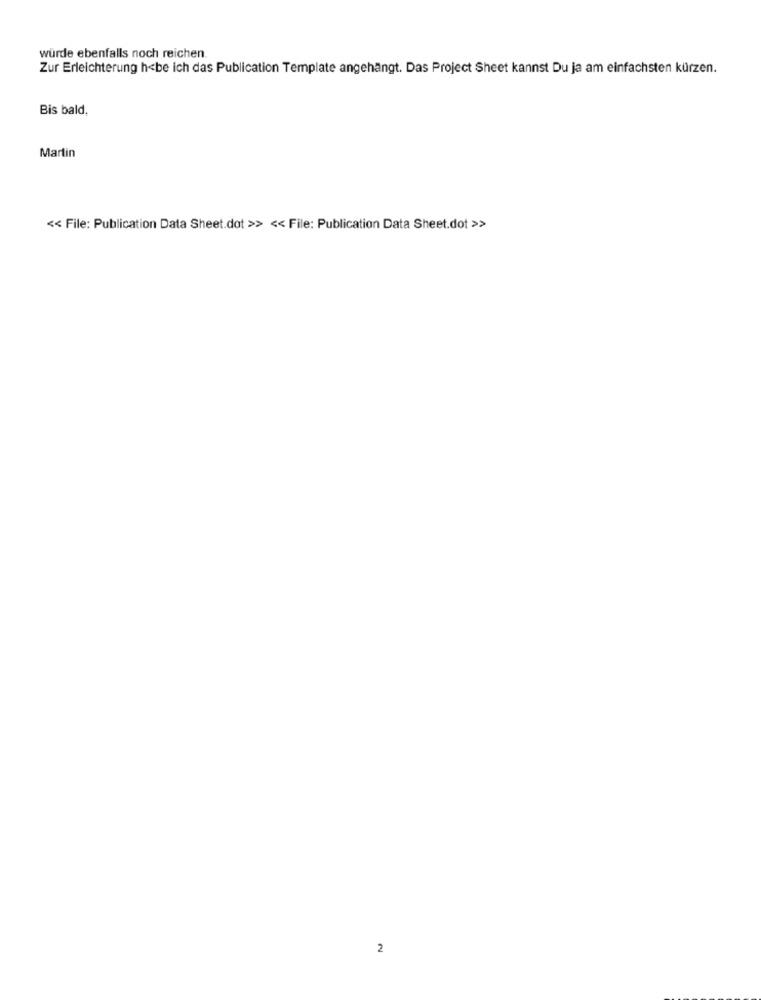
würde ebenfalls noch reichen
Zur Erleichterung h<be ich das Publication Template angehängt. Das Project Sheet kannst Du ja am einfachsten kürzen.
Bis bald,
Martin
<< File: Publication Data Sheet.dot >> << File: Publication Data Sheet.dot >>
2